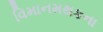
વિમાનમથકના